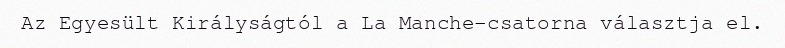
Az Egyesült Királyságtól a La Manche-csatorna választja el.